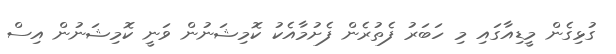
ގުޅިގެން މީޑިއާގައި މި ހަބަރު ފެތުރެން ފެށުމާއެކު ކޮމިޝަނުން ވަނީ ކޮމިޝަނުން އިސް